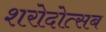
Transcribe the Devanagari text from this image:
शरोदोत्सब